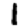
Digit: 1